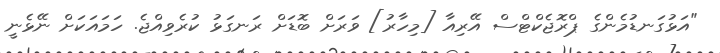
"އަޅުގަނޑުމެންގެ ޕްރޮޖެކްޓްސް އޭރިއާ [މިހާރު] ވަރަށް ބޮޑަށް ރަނގަޅު ކުރެވިއްޖެ. ހަމައަކަށް ނޭޅެނީ